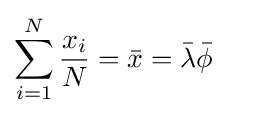
\sum _{i=1}^{N}{\frac {x_{i}}{N}}={\bar {x}}={\bar {\lambda }}{\bar {\phi }}~~~